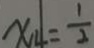
x _ { 4 } = \frac { 1 } { 2 }